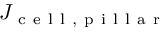
J _ { \mathrm { ~ c ~ e ~ l ~ l ~ , ~ p ~ i ~ l ~ l ~ a ~ r ~ } }